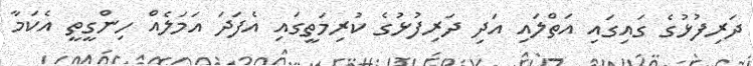
ދަރިފުޅުގެ ގައިގައި އަތްލައި އަދި ދަރިފުޅުގެ ކުރިމަތީގައި އެފަދަ އަމަލެއް ހިންގީތީ އެކަމާ